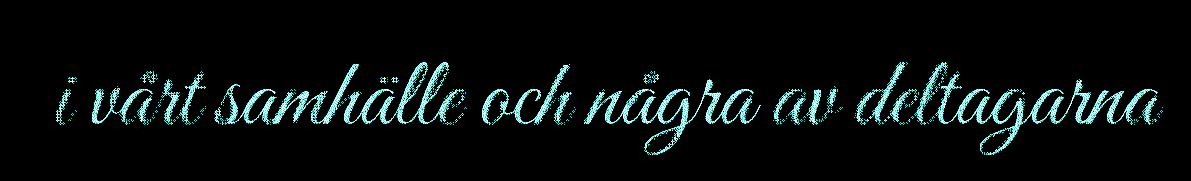
i vårt samhälle och några av deltagarna